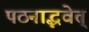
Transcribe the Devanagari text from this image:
पठनाद्भवेत्